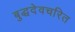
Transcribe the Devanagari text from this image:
बुद्धदेवचरित